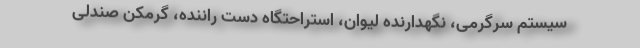
سیستم سرگرمی، نگهدارنده لیوان، استراحتگاه دست راننده، گرمکن صندلی